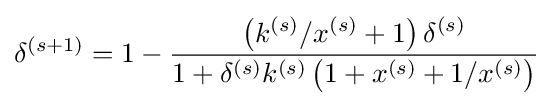
\delta ^{(s+1)}=1-{\frac {\left(k^{(s)}/x^{(s)}+1\right)\delta ^{(s)}}{1+\delta ^{(s)}k^{(s)}\left(1+x^{(s)}+1/x^{(s)}\right)}}